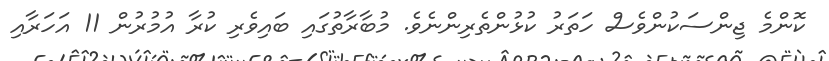
ކޮންމެ ޖިންސަކުންވެސް ހަތަރު ކުޅުންތެރިންނެވެ. މުބާރާތުގައި ބައިވެރި ކުރާ އުމުރުން 11 އަހަރާއި